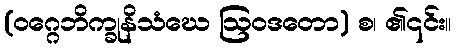
(ဝဂ္ဂေဘိက္ခုနိသံဃေ ဩဝဒတော) စ၊ ၏၎င်း။